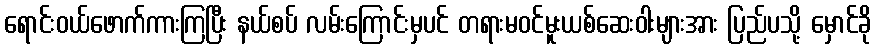
ရောင်းဝယ်ဖောက်ကားကြပြီး နယ်စပ် လမ်းကြောင်းမှပင် တရားမဝင်မူးယစ်ဆေးဝါးများအား ပြည်ပသို့ မှောင်ခို